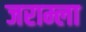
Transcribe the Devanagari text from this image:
जराम्ला